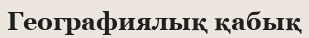
Географиялық қабық